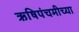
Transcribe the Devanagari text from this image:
ऋषिपंचमीच्या